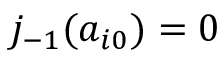
j _ { - 1 } ( a _ { i 0 } ) = 0